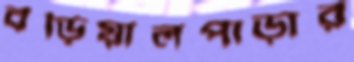
বড়িয়ালপাড়ার